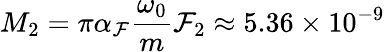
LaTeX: M_{2}=\pi\alpha_{\mathcal{F}}\frac{{\omega_{0}}}{{m}}\mathcal{F}_{2}\approx5.36\times10^{-9}